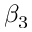
\beta _ { 3 }